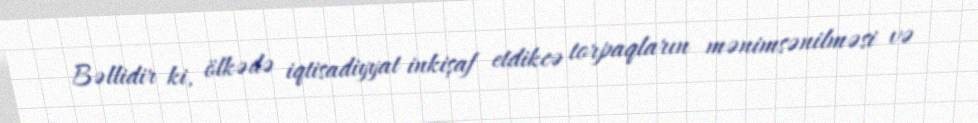
Bəllidir ki, ölkədə iqtisadiyyat inkişaf etdikcə torpaqların mənimsənilməsi və